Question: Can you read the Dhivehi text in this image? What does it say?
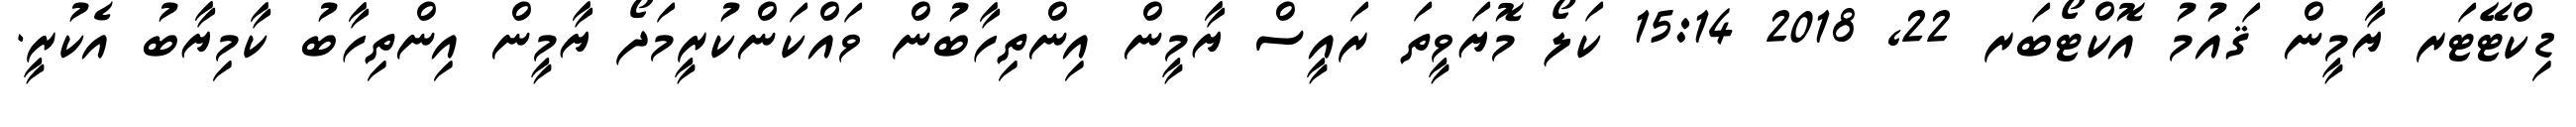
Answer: ޑިކްޓޭޓަރ ޔާމީން ޤައުމު އޮކްޓޯބަރ 22, 2018 15:14 ކަލޯ މޮޔަވީތަ ރައީސް ޔާމީން އިންތިހާބުން ވައްކަންކުރީމަދޯ ޔާމީން އިންތިހާބު ކާމިޔާބު އެކުރީ.